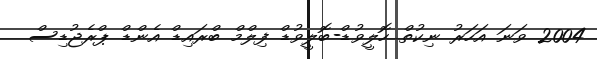
2004 ވަނަ އަހަރު ނިކުތް ހޮލީވުޑް-ބޮލީވުޑް ފިލްމް ބްރައިޑް އެންޑް ޕްރެޖުޑިސް